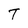
Character: T